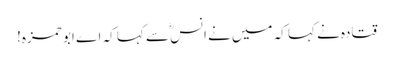
قتادہ نے کہا کہ میں نے انسؓ سے کہا کہ اے ابو حمزہ!